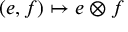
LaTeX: ( e , f ) \mapsto e \otimes f